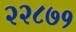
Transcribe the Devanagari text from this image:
२२८७१